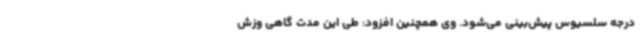
درجه سلسیوس پیش‌بینی می‌شود. وی همچنین افزود: طی این مدت گاهی وزش